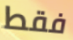
فقط